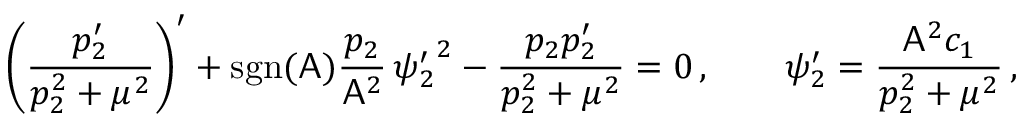
\left( \frac { p _ { 2 } ^ { \prime } } { p _ { 2 } ^ { 2 } + \mu ^ { 2 } } \right) ^ { \prime } + \mathrm { s g n } ( \mathsf { A } ) \frac { p _ { 2 } } { \mathsf { A } ^ { 2 } } \, { \psi _ { 2 } ^ { \prime } } ^ { 2 } - \frac { p _ { 2 } p _ { 2 } ^ { \prime } } { p _ { 2 } ^ { 2 } + \mu ^ { 2 } } = 0 \, , \qquad \psi _ { 2 } ^ { \prime } = \frac { \mathsf { A } ^ { 2 } c _ { 1 } } { p _ { 2 } ^ { 2 } + \mu ^ { 2 } } \, ,